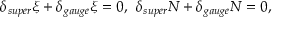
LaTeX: \delta _ { s u p e r } \xi + \delta _ { g a u g e } \xi = 0 , \: \: \delta _ { s u p e r } N + \delta _ { g a u g e } N = 0 ,